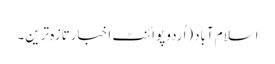
اسلام آباد(اُردو پوائنٹ اخبارتازہ ترین۔